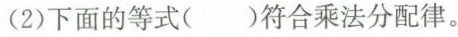
(2)下面的等式()符合乘法分配律。